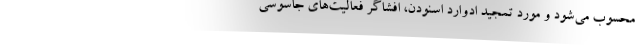
محسوب می‌شود و مورد تمجید ادوارد اسنودن، افشاگر فعالیت‌های جاسوسی